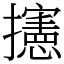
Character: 攇